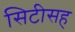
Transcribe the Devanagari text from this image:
सिटीसह